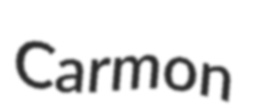
Carmon